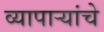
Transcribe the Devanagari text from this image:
व्यापाऱ्यांचे